Calcutta medical institutions reports 1879-81 [i.e.91]
Year: 1879
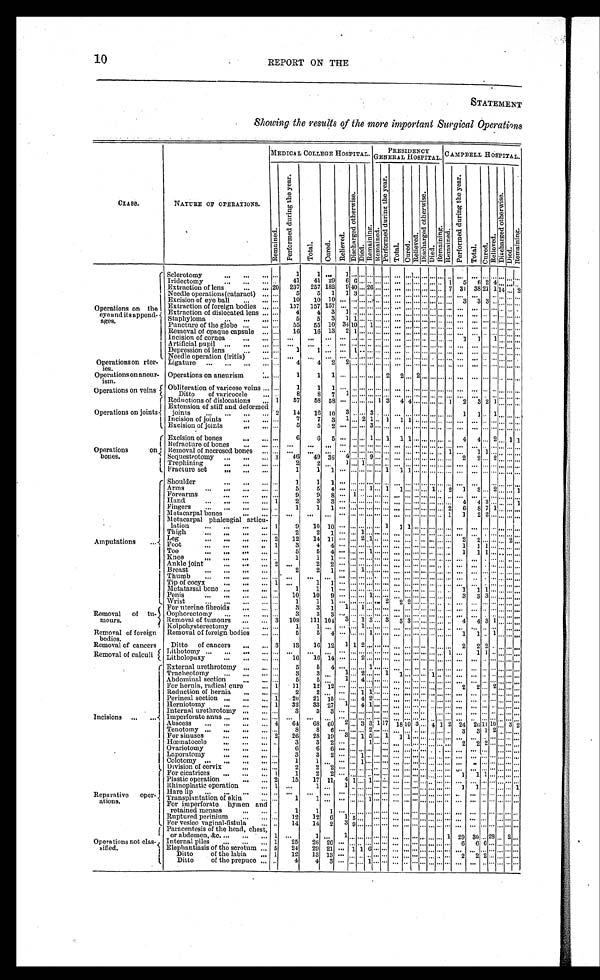
10
REPORT ON THE
STATEMENT
Showing the results of the more important Surgical Operations
CLASS.
NATURE OF
O P E R A T I O N S .
MEDICAL COLLEGE HOSPITAL.
PRESIDENCY
G E N E R A L H O S P I T A L .
CAMPBELL HOSPITAL.
R e m a i n e d .
P e r f o r m e d d u r i n g t h e y e a r .
T o t a l .
C u r e d .
R e l i e v e d .
D i s c h a r g e d o t h e r w i s e .
D i e d .
R e m a i n i n g .
R e m a i n e d .
P e r f o r m e d d u r i n g t h e y e a r .
T o t a l .
C u r e d .
R e l i e v e d .
D i s c h a r g e d o t h e r w i s e .
D i e d .
Re ma i ni ng. R e m a i n e d .
P e r f o r m e d d u r i n g t h e y e a r .
T o t a l .
C u r e d .
R e l i e v e d .
D i s c h a r g e d o t h e r w i s e .
D i e d .
R e m a i n i n g .
Sclerotormy . . .
. . .
1
1
. . .
1 . . . . . . . . . . . . . . .
. . . . . . . . . . . . . . . . . . . . .
. . .
. . . . . . . . . . . .
. . . . . .
Iridectomy . . .
. . .
41
41 29
6 6 . . . . . . . . . . . . . .
. . . . . . . . . . . . . . . . . . 1
5
6 2 4 . . . . . .
. . .
20
237
257 182
9 40 . . .
26 . . . . . .
. . . . . . . . . . . . . . . . . . 7 31 38 21 1 14
. . .
2
Extraction of lens . . .
Needle operations(cataract) . . .
. . .
5
5
1
1 3 . . . . . . . . . . . .
. . . . . . . . . . . . . . . . . . . . .
. . .
. . .
. . . . . . . . . . . . . . .
Excision of eye ball . . .
. . .
10
10 10
. . .
. . . . . . . . . . . . . . .
. . . . . . . . . . . . . . . . . . . . . 3
3 3 . . . . . . . . .
. . .
157 157
. . . . . . . . . . . . . . . . . .
. . . . . . . . . . . . . . . . . . . . .
. . .
. . . . . . . . . . . . . . . . . .
157
Operations on the
eye and its append -
ages.
Extraction of foreign bodies . . .
. . .
Extraction of dislocated lens . . .
. . .
4
4
3
1 . . . . . . . . . . . . . . .
. . . . . . . . . . . . . . . . . . . . .
. . .
. . . . . . . . . . . . . . .
. . .
Staphyloma . . .
. . .
5
5
3
1 1 . . . . . . . . . . . .
. . . . . . . . . . . . . . . . . . . . .
. . .
. . . . . . . . . . . . . . .
. . .
P u n c t u r e o f t h e g l o b e . . . . . .
55
55 10
3 4 1 0 . . . 1 . . . . . .
. . . . . . . . . . . . . . . . . . . . .
. . .
. . . . . . . . . . . . . . .
. . .
Removal of opaque capsule . . .
. . .
16
16 13
2 1
. . . . . . . . . . . .
. . . . . . . . . . . . . . . . . . . . .
. . .
. . . . . . . . . . . . . . . . . .
Incision of cornea . . .
. . .
. . .
. . .
. . .
. . .
. . . . . . . . . . . . . . .
. . . . . . . . . . . . . . . . . . . . .
1
1
1 . . . . . .
. . .
Artificial pupil . . .
. . .
. . .
. . .
. . .
. . . . . . . . . . . . . . . . . .
. . . . . . . . . . . . . . . . . . . . .
. . .
. . . . . . . . . . . . . . .
. . .
Depression of lens . . .
. . .
1
1
. . .
. . . 1 . . . . . . . . . . . .
. . . . . . . . . . . . . . . . . . . . .
. . .
. . . . . . . . . . . . . . . . . .
Needle operation (iritis) . . .
. . .
. . .
. . .
. . .
. . . . . . . . . . . . . . . . . .
. . .
. . . . . . . . . . . . . . . . . .
. . . . . .
. . . . . . . . . . . .
. . .
Operations on rter-
i e s .
Ligature . . .
. . .
4
4
2
2 . . . . . . . . . . . . . . .
. . . . . . . . . . . . . . . . . . . . .
. . .
. . . . . . . . . . . . . . . . . .
Operations on aneur-
ism.
Operations on aneurism . . .
. . .
1
1
1
. . . . . . . . . . . . . . . 2
2 . . . 2 . . . . . . . . . . . .
. . .
. . .
. . . . . . . . . . . . . . .
Operations on veins
Obliteration of varicose veins . . .
. . .
1
1
1
. . . . . . . . . . . . . . . . . .
. . . . . . . . . . . . . . . . . . . . .
. . .
. . .
. . . . . . . . . . . .
. . .
8
8
7
1 . . . . . . . . . . . . . . .
. . . . . . . . . . . . . . . . . . . . .
. . .
. . .
. . . . . . . . . . . .
. . .
Ditto of varicocele . . . . . .
Reductions of dislocations . . .
1
57
58 58
. . . . . . . . . . . . 1 3
4 4 . . . . . . . . . . . . 1
2
3 2 1
. . . . . . . . .
Operations on joints
Extension of stiff and deformed
j o i n t s . . .
2
14
l6
1 0 3 . . . . . . 3 . . . . . .
. . . . . . . . . . . . . . . . . . . . . 1
1 . . . 1
. . . . . . . . .
. . .
7
7
3
1 . . . 2 1 . . . 1
1 1 . . . . . . . . . . . . . . .
. . .
. . . . . . . . . . . . . . .
. . .
Incision of joints . . .
Excision of joints . . .
. . .
5
5
2
. . . . . . . . . 3 . . . . . .
. . . . . . . . . . . . . . . . . . . . .
. . .
. . . . . . . . . . . . . . .
. . .
Excision of bones . . .
. . .
6
6
5
. . . . . . . . . 1 . . . 1
1 1 . . . . . . . . . . . . . . .
4
4 . . . 2 . . . 1
1
Refracture of bones . . .
. . .
. . .
. . .
. . .
. . . . . . . . . . . . . . . . . .
. . . . . . . . . . . . . . . . . . . . .
. . .
. . . . . . . . . . . . . . .
. . .
Operations on
bones.
Removal of necrosed bones . . .
. . .
. . .
. . .
. . .
. . . . . . . . . . . . . . . . . .
. . . . . . . . . . . . . . . . . . 1
. . .
1 1
. . . . . . . . . . . .
Sequestrotomy . . .
3
46
49 36
4 . . . . . . 9 . . . . . .
. . . . . . . . . . . . . . . . . . . . . 2
2 . . . 2 . . . . . . . . .
Trephining . . .
. . .
2
2
. . .
1 . . . 1 . . . . . . . . .
. . . . . . . . . . . . . . . . . . . . .
. . .
. . . . . . . . . . . . . . .
. . .
Fracture set . . .
. . .
1
1
1
. . . . . . . . . . . . . . . 1
1 1 . . . . . . . . . . . . . . .
. . .
. . . . . . . . . . . . . . .
. . .
Shoulder . . .
. . .
1
1
1
. . . . . . . . . . . . . . . . . .
. . . . . . . . . . . . . . . . . . . . .
. . .
. . . . . . . . . . . . . . .
. . .
Arms . . .
. . .
5
5
4
. . . . . . . . . 1 . . . 1
1 . . . . . . . . . 1 . . . 2
1
3 . . . 2 . . . . . .
1
Forearms . . .
. . .
9
9
8
. . . 1 . . . . . . . . . . . .
. . . . . . . . . . . . . . . . . . . . .
. . .
. . . . . . . . . . . . . . .
. . .
Hand . . .
1
2
3
3
. . . . . . . . . . . . . . . . . .
. . . . . . . . . . . . . . . . . . . . .
4
4 3 . . . . . . . . .
1
Fingers . . .
. . .
1
1
1
. . . . . . . . . . . . . . . . . .
. . . . . . . . . . . . . . . . . . 2
6
8 7 1 . . . . . .
. . .
Metacarpal bones . . .
. . .
. . .
. . .
. . .
. . . . . . . . . . . . . . . . . .
. . . . . . . . . . . . . . . . . . 1
1
2 2 . . . . . . . . .
. . .
Metacarpal phalengial
articu-
lation . . .
1
9
1 0
1 0
. . . . . . . . . . . . . . . 1
1 1 . . . . . . . . . . . . . . .
. . .
. . . . . . . . . . . . . . .
. . .
Thigh . . .
. . .
2
2
1
. . . . . . 1 . . . . . . . . .
. . . . . . . . . . . . . . . . . . . . .
. . .
. . . . . . . . . . . . . . .
. . .
Amputations . . .
Leg . . .
2
1 2
1 4
1 1
. . . . . . 2 1 . . . . . .
. . . . . . . . . . . . . . . . . . . . .
2
2
. . . . . . . . . 2
. . .
Foot . . .
1
3
4
4
. . . . . . . . . . . . . . . . . .
. . . . . . . . . . . . . . . . . . . . .
1
1
1 . . . . . . . . .
. . .
Toe . . .
. . .
5
5
4
. . . . . . . . . 1 . . . . . .
. . . . . . . . . . . . . . . . . . . . .
1
1
1 . . . . . . . . .
. . .
Knee . . .
. . .
1
1
1
. . . . . . . . . . . . . . . . . .
. . . . . . . . . . . . . . . . . . . . .
. . .
. . . . . . . . . . . . . . .
. . .
Ankle joint . . .
2
. . .
2
2
. . . . . . . . . . . . . . . . . .
. . . . . . . . . . . . . . . . . . . . .
. . .
. . . . . . . . . . . . . . .
. . .
Breast . . .
. . .
2
2
1
. . . . . . 1 . . . . . . . . .
. . . . . . . . . . . . . . . . . . . . .
. . .
. . . . . . . . . . . . . . .
. . .
Thumb . . .
. . .
. . .
. . .
. . .
. . . . . . . . . . . . . . . . . .
. . . . . . . . . . . . . . . . . . . . .
. . .
. . . . . . . . . . . . . . .
. . .
Tip of cocyx . . .
1
. . .
1
1
. . . . . . . . . . . . . . . . . .
. . . . . . . . . . . . . . . . . . . . .
. . .
. . . . . . . . . . . . . . .
. . .
1 1
1 . . . . . . . . .
. . .
Metatarsal bone . . .
. . .
1
1
1
. . . . . . . . . . . . . . . . . .
. . . . . . . . . . . . . . . . . . . . .
Penis . . .
. . .
10
10
9
. . . . . . . . . 1 . . . . . . . . .
. . . . . . . . . . . . . . . . . .
3 3
3 . . . . . . . . .
. . .
2 2
2 . . . . . . . . . . . . . . .
. . .. . .
. . . . . . . . . . . .
. . .
Wrist . . .
. . .
1
1
1
. . . . . . . . . . . . . . .
For uterine fibroids . . .
. . .
3
3
1
1 . . . 1 . . . . . . . . . . . .
. . . . . . . . . . . . . . . . . .
. . .. . .
. . . . . . . . . . . .
. . .
Removal of tu-
m o u r s .
Oophorectomy . . .
. . .
3
3
3
. . . . . .. . . . . . . . . . . .. . .
. . . . . . . . . . . . . . . . . .
. . .. . .
. . . . . . . . . . . .
. . .
Removal of tumours . . .
3
108
111 104
3
. . . 1 3 . . . 3
3 3 . . . . . . . . . . . . . . .
4
4 3 1 . . . . . .
. . .
Kolpohysterectomy . . .
. . .
1
1
. . .
. . . . . . 1 . . . . . . . . .. . .
. . . . . . . . . . . . . . . . . .
. . . . . .
. . . . . . . . . . . .
. . .
1
Removal of foreign
bodies.
Removal of foreign bodies . . .
. . .
5
5
4
. . . . . . . . .
. . . . . . . . . . . . . . . . . . . . . . . . . . .
1
1
. . . 1 . . . . . .
. . .
Ditto of cancers . . . 3
13
16 12
1 1 2 . . . . . . . . . . . . .
. . . . . . . . . . . . . . . . . .
2
2 2 . . . . . . . . . . . .
Removal of cancers
Removal of calculi
Lithotomy . . .
. . .
. . .
. . .
. . .
. . . . . . . . . . . . . . . . . . . . .
. . . . . . . . . . . . . . . 1
. . .1
1 . . . . . . . . .
. . .
Litholopaxy . . .
. . .
16
16
1 4
. . . . . . 2 . . . . . . . . .. . .
. . . . . . . . . . . . . . . . . .
. . .. . .
. . . . . . . . . . . .
. . .
External urethrotomy . . .
. . .
5
5
4
. . . . . . . . . 1 . . . . . .. . .
. . . . . . . . . . . . . . . . . .
. . .. . .
. . . . . . . . . . . .
. . .
1 . . . 2 . . . . . . 1 1
. . . . . . . . . 1 . . . . . .
. . . . . .
. . . . . . . . . . . .
. . .
Tracheotomy . . .
. . .
3
3
. . .
1 . . . 4 . . . . . . . . .. . .
. . . . . . . . . . . . . . . . . .
. . .. . .
. . . . . . . . . . . .
. . .
Abdominal section . . .
. . .
5
5
. . .
2 . . . . . .
. . .
For hernia, radical cure . . .
1
1 1
1 2
1 2
. . . . . . . . . . . . . . . . . .. . .
. . . . . . . . . . . . . . . . . .
2 2
. . .
R e d u c t i o n o f h e r n i a . . . . . .
2
2
. . .
. . . . . . 1 1 . . . . . .. . .
. . . . . . . . . . . . . . . . . .
. . .. . .
. . . . . . . . . . . .
. . .
Pernial section . . .
1
20
2 1
1 5
. . . . . . 4 2 . . . . . .. . .
. . . . . . . . . . . . . . . . . .
. . .. . .
. . . . . . . . . . . .
. . .
Herniotomy . . .
1
3 2
3 3
2 7
1 . . . 4 1 . . . . . .. . .
. . . . . . . . . . . . . . . . . .
. . .. . .
. . . . . . . . . . . .
. . .
Internal urethrotomy . . .
. . .
3
3
3
. . . . . . . . . . . . . . . . . .. . .
. . . . . . . . . . . . . . . . . .. . . . . .
. . . . . . . . . . . .
. . .
Incisions . . . Imperforate anus . . .
. . .
. . .
. . .
. . .
. . .
. . . . . . . . . . . . . . . . . .
. . . . . . . . . . . . . . . . . .
. . . . . .
. . . . . . . . . . . .
. . .
Abscess . . .
4
64
68
6 0
2 . . . 3 3 1 17 18 10 3
. . . 4 1 2 24 26 11 10 . . . 3 2
T e n o t o m y . . . . . .
8
8
6
. . . . . . . . . 2 . . . . . .. . .
. . . . . . . . . . . . . . . . . .
3 3
1 2 . . . . . .
. . .
F o r s i n u s e s . . . 2
2 6
2 8
1 9
3 . . . 1 5 . . . 1 1
1 . . . . . . . . . . . . . .
. . .. . .
. . . . . . . . . . . .
. . .
Hœmatocele . . .
. . .
3
3
2
. . . . . .
1 . . . . . .. . .
. . . . . . . . . . . . . . . . . .
2 2
2 . . . . . . . . .
. . .
Ovariotomy . . .
6
6
6
. . . . . . . . . . . .
. . .. . .
. . . . . . . . . . . . . . . . . .
. . . . . .
. . . . . . . . . . . .
. . .
Laporatomy . . .
. . .
3
3
2
. . . . . . 1 . . . . . . . . .. . .
. . . . . . . . . . . . . . . . . .
. . .. . . . . . . . . . . . . . .
. . .
Colotomy . . .
. . .
1
1
. . .
. . . . . . 1 . . . . . . . . .. . .
. . . . . . . . . . . . . . . . . .
. . .. . .
. . . . . . . . . . . .
. . .
D e v i s i o n o f c e r v i x . . .
. . .
2
2
2
. . . . . . . . . . . . . . . . . . . . . . . . . . . . . . . . . . . . . . .
. . .. . .
. . . . . . . . . . . .
. . .
For cicatrices . . .
1
1
2
2
. . . . . . . . . . . . . . . . . .. . .
. . . . . . . . . . . . . . . . . .
1 1
1 . . . . . . . . .
. . .
Plastic operation . . .
2
1 5
1 7
1 1
4 1 . . . 1 . . . . . .. . .
. . . . . . . . . . . . . . . . . .
. . .. . .
. . . . . . . . . . . .
. . .
Rhinioplastic operation . . .
1
. . .
1
. . .
1 . . . . . . . . . . . . . . .. . .
. . . . . . . . . . . . . . . . . .
1 1
. . . . . . . . . . . .
1
Reparative oper-
a t i o n s .
Hare lip . . .
. . .
. . .
. . .
. . .
. . . . . . . . . . . . . . . . . .. . .
. . . . . . . . . . . . . . . . . .
. . .. . .
. . . . . . . . . . . .
. . .
T r a n s p l a n t a t i o n o f s k i n . . .
. . .
1
1
. . .
. . . . . . . . . 1 . . . . . .. . .
. . . . . . . . . . . . . . . . . .
. . .. . .
. . . . . . . . . . . .
. . .
For imperforate hymen and
retained menses . . .
. . .
1
1
1
. . . . . . . . . . . . . . . . . .. . .
. . . . . . . . . . . . . . . . . .
. . .. . .
. . . . . . . . . . . .
. . .
Ruptured perinium . . .
. . .
1 2
1 2
6
1 5 . . . . . . . . . . . .. . .
. . . . . . . . . . . . . . . . . .
. . .. . .
. . . . . . . . . . . .
. . .
For vesico vaginal-fistula . . .
. . .
14
14
2
3 9 . . . . . . . . . . . . . . .
. . . . . . . . . . . . . . . . . .
. . . . . .
. . . . . . . . . . . .
. . .
Paracentesis of the head, che st,
or abdomen, &c. . . .
1
. . .
1
. . .
1 . . . . . . . . . . . . . . .. . .
. . . . . . . . . . . . . . . 1
2 9
30
. . . 2 8 . . . 2
. . .
Operations not clas-
sified.
Internal piles . . .
1
25
26 26
. . . . . . . . . . . . . . . . . . . . .
. . . . . . . . . . . . . . . . . .
6 6
6 . . . . . . . . .
. . .
Elephantiasis of the scrotum . . . 5
24
29 21
. . . 1 1 6 . . . . . . . . .
. . . . . . . . . . . . . . . . . .
. . . . . .
. . . . . . . . . . . .
. . .
Ditto of the labia . . . 1
12
13 13
. . . . . . . . . . . . . . . . . . . . .
. . . . . . . . . . . . . . . . . .
2 2
2 . . . . . . . . .
. . .
Ditto of the prepuce . . .
. . .
4
4
3
. . . . . . . . . 1 . . . . . .. . .
. . . . . . . . . . . . . . . . . .
. . .. . .
. . . . . . . . . . . .
. . .